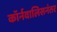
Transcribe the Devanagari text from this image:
कॉर्नवालिसनंतर